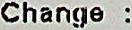
CHANGE :